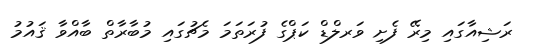
ރަޝިއާގައި މިރޭ ފެށި ވަރލްޑް ކަޕްގެ ފުރަތަމަ މެޗުގައި މުބާރާތް ބާއްވާ ޤައުމު